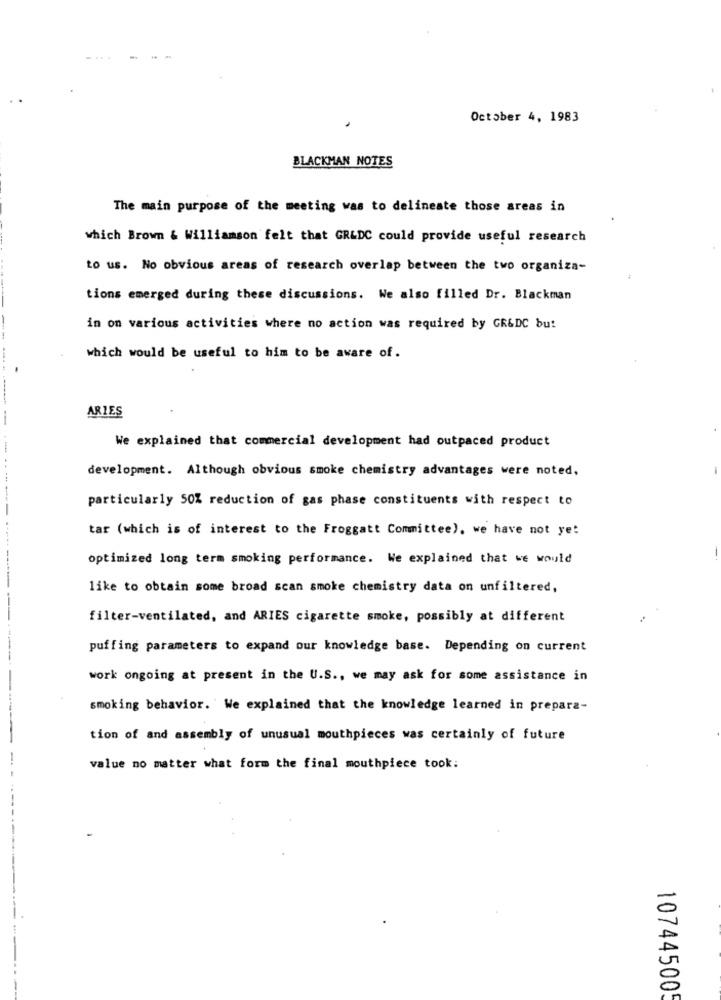
October 4, 1983
BLACKMAN NOTES
The main purpose of the meeting was to delineate those areas in
which Brown & Williamson felt that GR&DC could provide useful research
to us. No obvious areas of research overlap between the two organiza-
tions emerged during these discussions. We also filled Dr. Blackman
in on various activities where no action was required by GR&DC but
which would be useful to him to be aware of.
ARIES
We explained that commercial development had outpaced product
development. Although obvious smoke chemistry advantages were noted,
particularly 50% reduction of gas phase constituents with respect to
tar (which is of interest to the Froggatt Committee). we have not ye!
optimized long term smoking performance. We explained that we would
like to obtain some broad scan smoke chemistry data on unfiltered,
filter-ventilated, and ARIES cigarette smoke, possibly at different
puffing parameters to expand our knowledge base. Depending on current
work ongoing at present in the U.S ., we may ask for some assistance in
smoking behavior. ' We explained that the knowledge learned in prepara-
tion of and assembly of unusual mouthpieces was certainly of future
value no matter what form the final mouthpiece took:
10744500